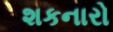
શકનારો